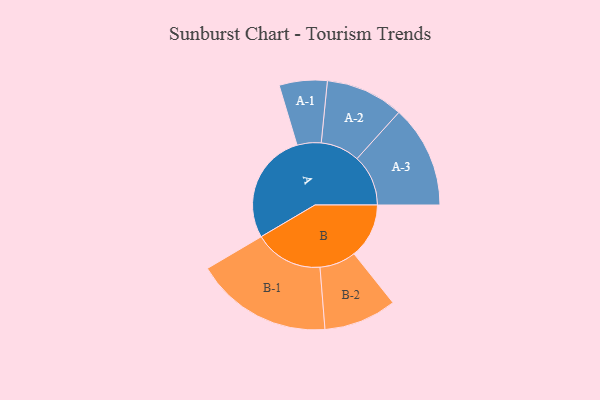
{"axis": {"x": "Segment", "y": "Value"}, "legend": ["", "A", "B"], "data": [{"x": "A", "y": 473, "type": ""}, {"x": "B", "y": 234, "type": ""}, {"x": "A-1", "y": 102, "type": "A"}, {"x": "A-2", "y": 166, "type": "A"}, {"x": "A-3", "y": 218, "type": "A"}, {"x": "B-1", "y": 292, "type": "B"}, {"x": "B-2", "y": 155, "type": "B"}]}